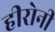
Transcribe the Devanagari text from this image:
हीरोनी